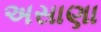
અસાણા